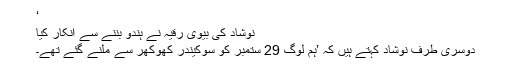
‘
نوشاد کی بیوی رقیہ نے ہندو بننے سے انکار کیا
دوسری طرف نوشاد کہتے ہیں کہ ’ہم لوگ 29 ستمبر کو سوکیندر کھوکھر سے ملنے گئے تھے۔